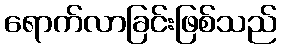
ရောက်လာခြင်းဖြစ်သည်